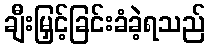
ချီးမြှင့်ခြင်းခံခဲ့ရသည်